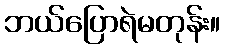
ဘယ်ပြောရဲမတုန်း။